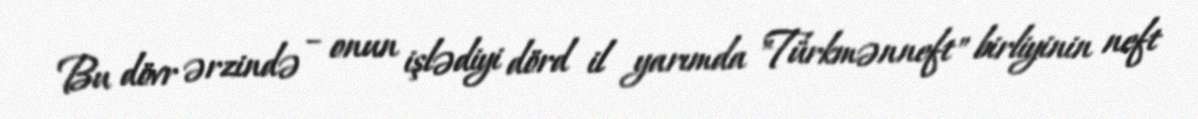
Bu dövr ərzində – onun işlədiyi dörd il yarımda "Türkmənneft" birliyinin neft